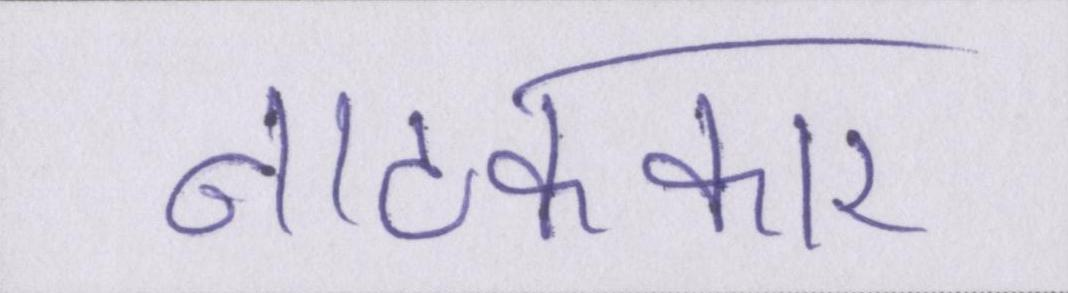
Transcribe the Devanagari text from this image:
नाटककार